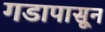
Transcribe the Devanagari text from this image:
गडापासून